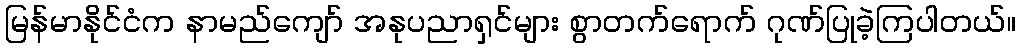
မြန်မာနိုင်ငံက နာမည်ကျော် အနုပညာရှင်များ စွာတက်ရောက် ဂုဏ်ပြုခဲ့ကြပါတယ်။